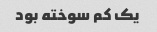
یک کم سوخته بود